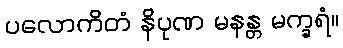
ပလောကိတံ နိပုဏ မနန္တ မက္ခရံ။